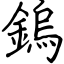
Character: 鎢